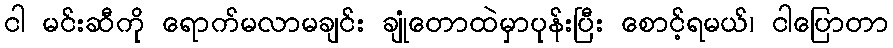
ငါ မင်းဆီကို ရောက်မလာမချင်း ချုံတောထဲမှာပုန်းပြီး စောင့်ရမယ်၊ ငါပြောတာ